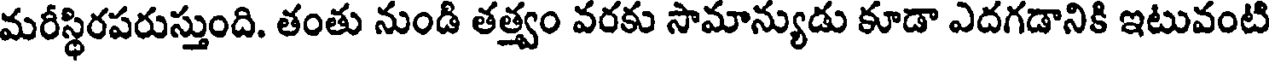
మరీస్థిరపరుస్తుంది. తంతు నుండి తత్త్వం వరకు సామాన్యుడు కూడా ఎదగడానికి ఇటువంటి